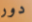
دور